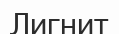
Лигнит